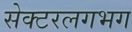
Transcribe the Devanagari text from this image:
सेक्टरलगभग